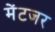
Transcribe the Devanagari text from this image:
मेंटजर